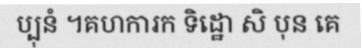
ប្បុនំ ។គហការក ទិដ្ឋោ សិ បុន គេ